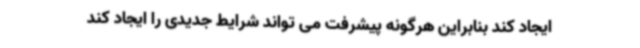
ایجاد کند بنابراین هرگونه پیشرفت می تواند شرایط جدیدی را ایجاد کند